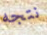
نتجه